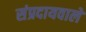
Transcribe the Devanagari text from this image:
संप्रदायवाले